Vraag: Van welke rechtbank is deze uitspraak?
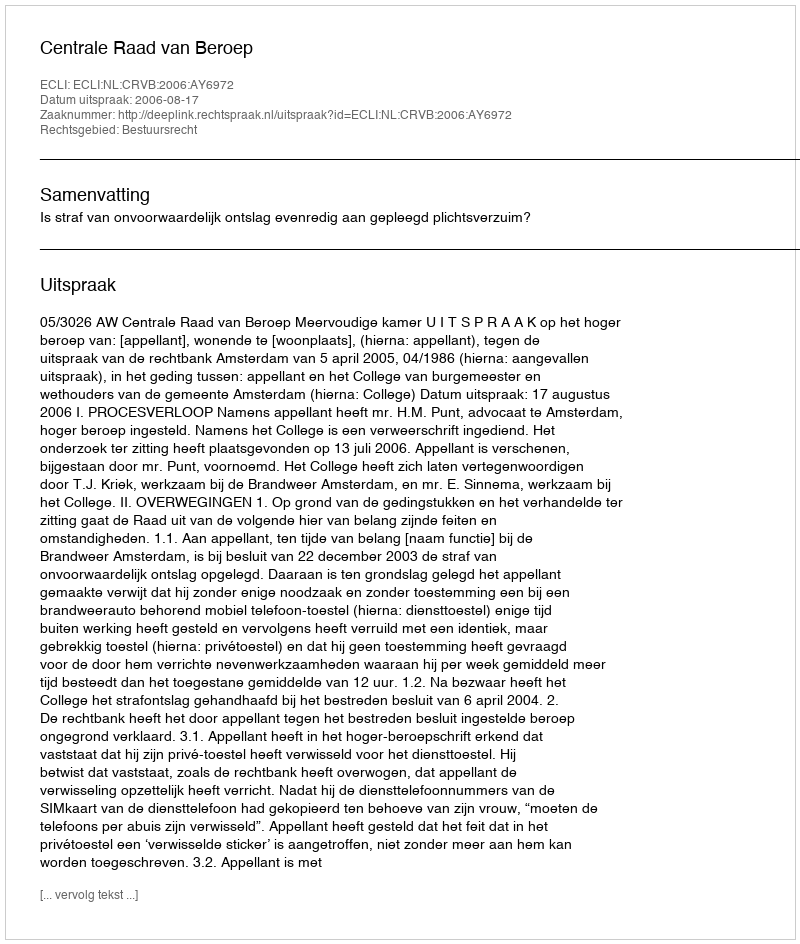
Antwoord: Centrale Raad van Beroep